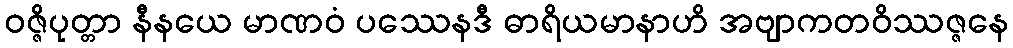
ဝဇ္ဇိပုတ္တာ နီနယေ မာဏဝံ ပဿေနဒီ ဓာရိယမာနာဟိ အဗျာကတဝိဿဇ္ဇနေ